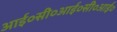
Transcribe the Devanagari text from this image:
आई०सी०आई०सी०आई०